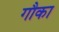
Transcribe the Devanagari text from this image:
गौका